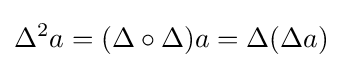
\Delta ^{2}a=(\Delta \circ \Delta )a=\Delta (\Delta a)